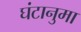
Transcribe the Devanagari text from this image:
घंटानुमा